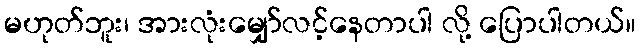
မဟုတ်ဘူး၊ အားလုံးမျှော်လင့်နေတာပါ လို့ ပြောပါတယ်။